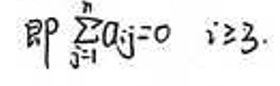
即\(\sum_{j = 1}^{n} a_{ij} = 0\quad i\geq3\).